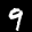
Label: 9